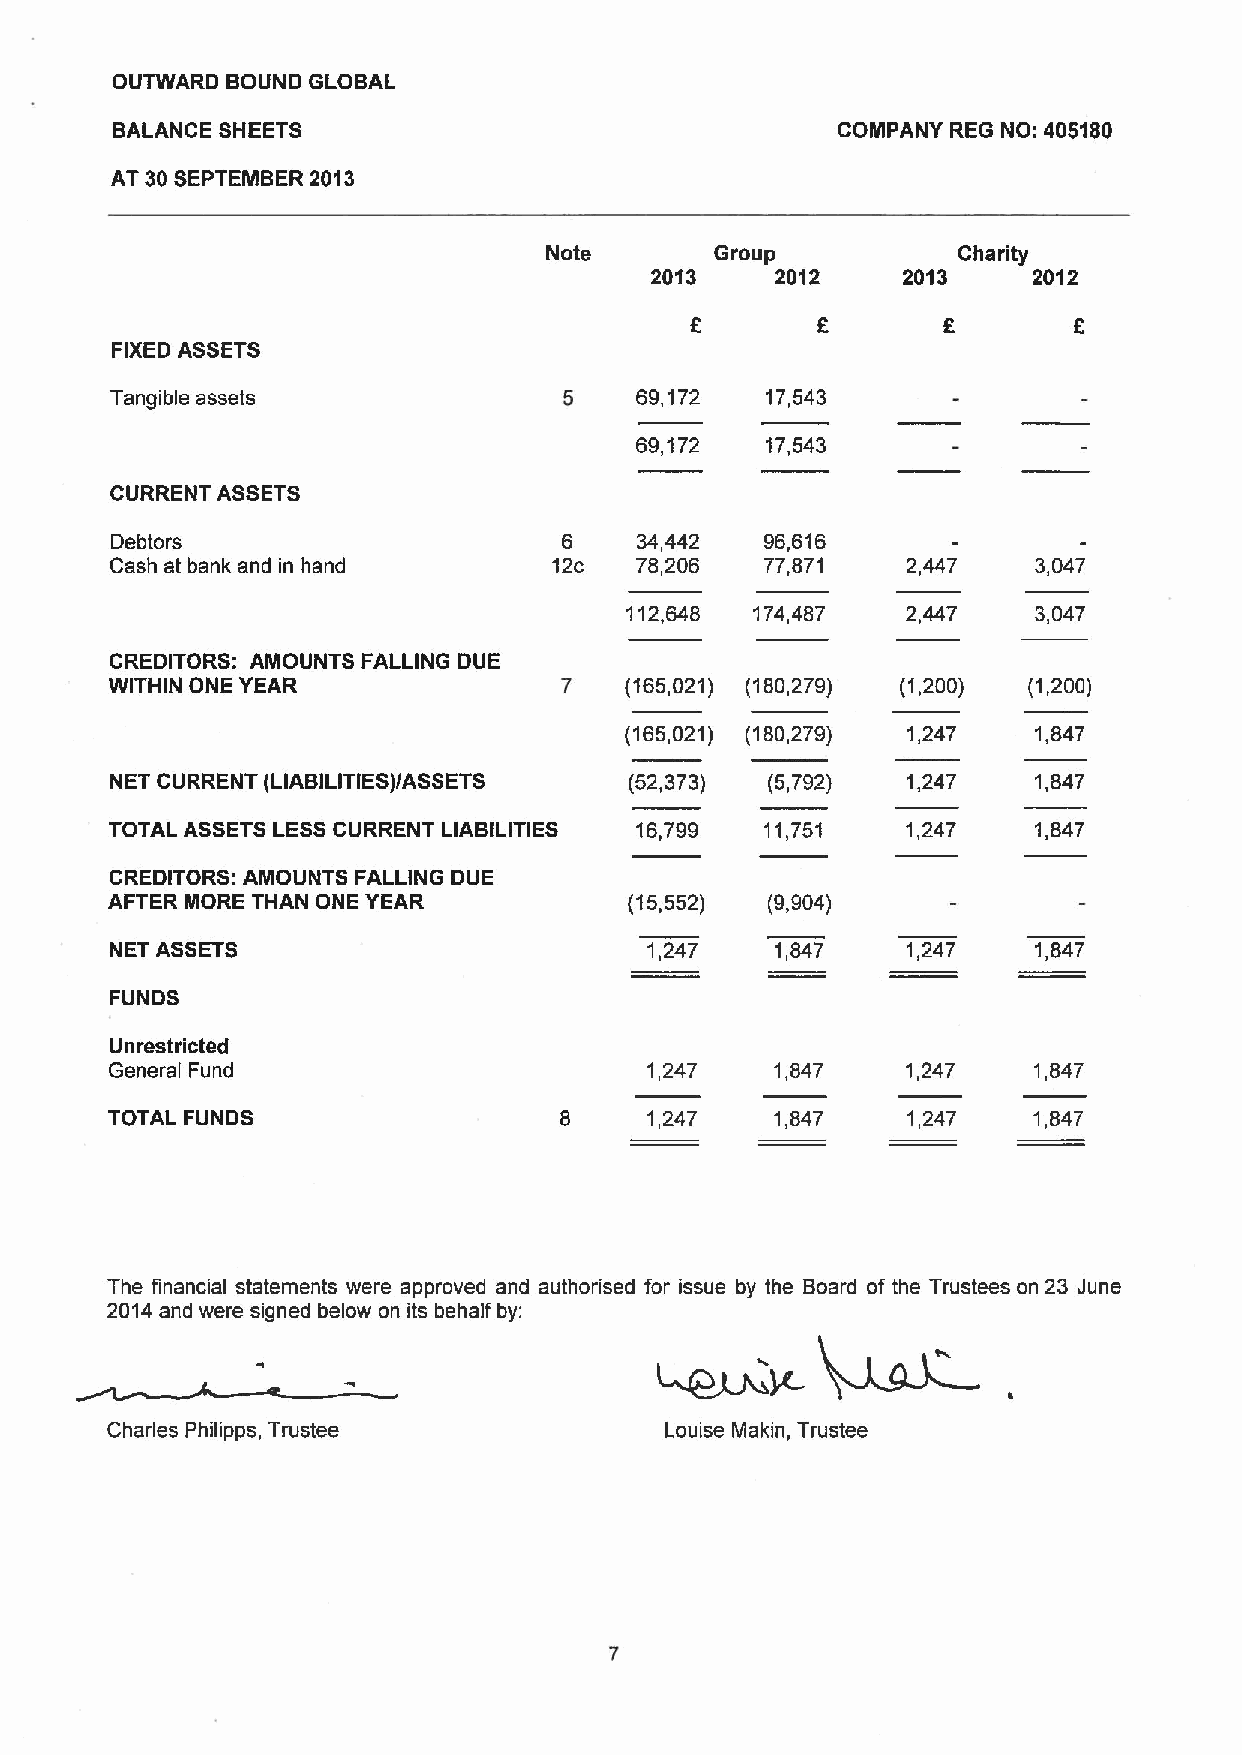
OUTWARD BOUND GLOBAL
 BALANCE SHEETS                                  COMPANY REG NO: 405180
 AT 30SEPTEIIIIBER2013
 Note       Group           Charity
 2013    2012     2013    2012
 FIXED ASSETS
 Tangible assets               5    69,172   17,543
 69,172   17,543
 CURRENT ASSETS
 Debtors                       6    34,442   96,616
 Cash at bank and in hand      12c  78,206   77,871   2,447    3,047
 112,648  174,487   2,447    3,047
 CREDITORS: AMOUNTS FALLING DUE
 WITHIN ONE YEAR               7   (165,021) (180,279) (1,200) (1,200)
 (165,021) (180,279) 1,247   1,847
 NET CURRENT (LIABILITIES)/ASSETS   (52,373) (5,792)  1,247    1,847
 TOTAL ASSETS LESSCURRENT LIABILITIES 16,799 11,751   1,247    1,847
 CREDITORS: AMOUNTS FALLING DUE
 AFTER MORE THAN ONE YEAR           (15,552) (9,904)
 NET ASSETS                          1,247   1,847    1,247    1,847
 FUNDS
 Unrestricted
 General Fund                        1,247   1,847    1,247   1,847
 TOTAL FUNDS                   8     1,247   1,847    1,247   1,847
 The financial statements were approved and authorised for issue by the Board of the Trustees on 23 June
 2014and were signed below on its behalf by:
 Charles Philipps, Trustee            Louise Makin, Trustee